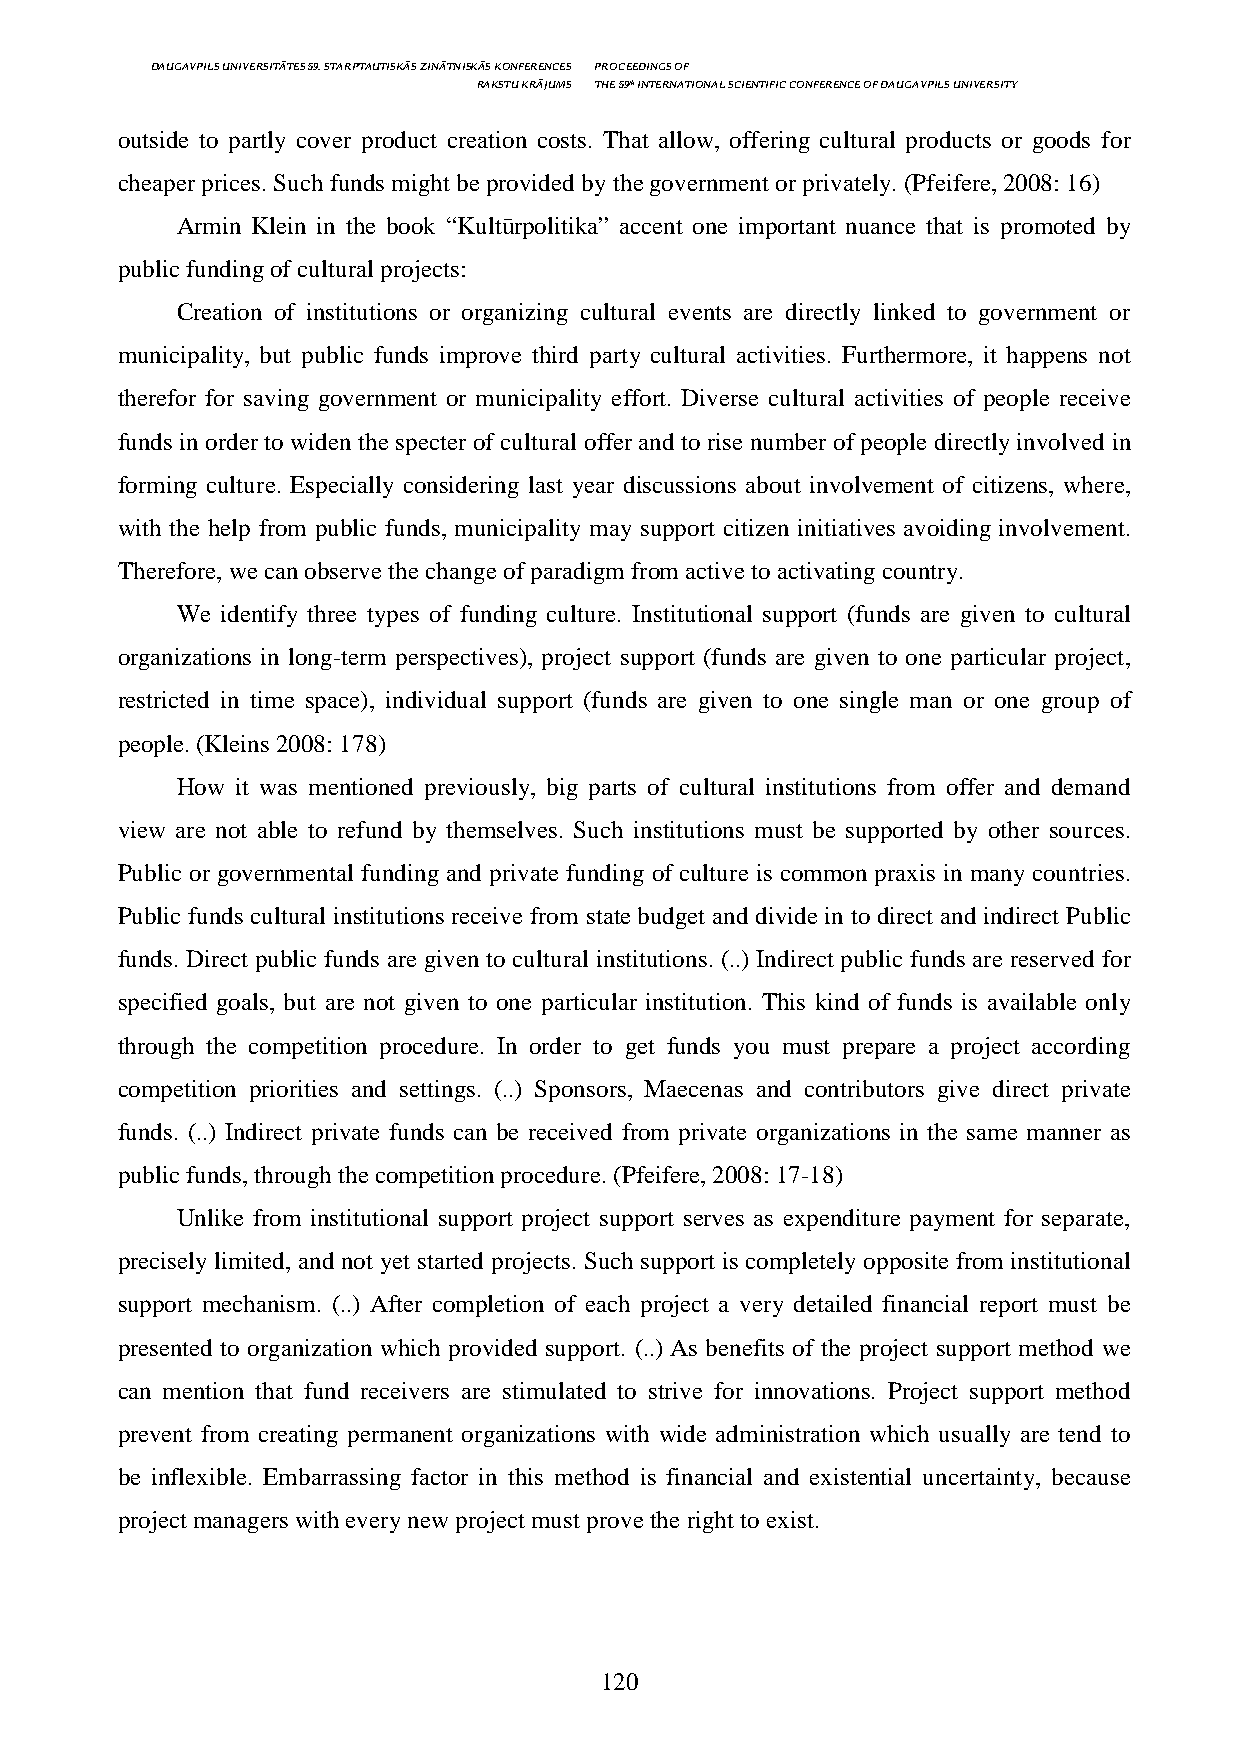
DAUGAVPILS UNIVERSITĀTES 59. STARPTAUTISKĀS ZINĀTNISKĀS KONFERENCES PROCEEDINGS OF
 RAKSTU KRĀJUMS THE 59th INTERNATIONAL SCIENTIFIC CONFERENCE OF DAUGAVPILS UNIVERSITY
 outside to partly cover product creation costs. That allow, offering cultural products or goods for
 cheaper prices. Such funds might be provided by the government or privately. (Pfeifere, 2008: 16)
 Armin Klein in the book “Kultūrpolitika” accent one important nuance that is promoted by
 public funding of cultural projects:
 Creation of institutions or organizing cultural events are directly linked to government or
 municipality, but public funds improve third party cultural activities. Furthermore, it happens not
 therefor for saving government or municipality effort. Diverse cultural activities of people receive
 funds in order to widen the specter of cultural offer and to rise number of people directly involved in
 forming culture. Especially considering last year discussions about involvement of citizens, where,
 with the help from public funds, municipality may support citizen initiatives avoiding involvement.
 Therefore, we can observe the change of paradigm from active to activating country.
 We identify three types of funding culture. Institutional support (funds are given to cultural
 organizations in long-term perspectives), project support (funds are given to one particular project,
 restricted in time space), individual support (funds are given to one single man or one group of
 people. (Kleins 2008: 178)
 How it was mentioned previously, big parts of cultural institutions from offer and demand
 view are not able to refund by themselves. Such institutions must be supported by other sources.
 Public or governmental funding and private funding of culture is common praxis in many countries.
 Public funds cultural institutions receive from state budget and divide in to direct and indirect Public
 funds. Direct public funds are given to cultural institutions. (..) Indirect public funds are reserved for
 specified goals, but are not given to one particular institution. This kind of funds is available only
 through the competition procedure. In order to get funds you must prepare a project according
 competition priorities and settings. (..) Sponsors, Maecenas and contributors give direct private
 funds. (..) Indirect private funds can be received from private organizations in the same manner as
 public funds, through the competition procedure. (Pfeifere, 2008: 17-18)
 Unlike from institutional support project support serves as expenditure payment for separate,
 precisely limited, and not yet started projects. Such support is completely opposite from institutional
 support mechanism. (..) After completion of each project a very detailed financial report must be
 presented to organization which provided support. (..) As benefits of the project support method we
 can mention that fund receivers are stimulated to strive for innovations. Project support method
 prevent from creating permanent organizations with wide administration which usually are tend to
 be inflexible. Embarrassing factor in this method is financial and existential uncertainty, because
 project managers with every new project must prove the right to exist.
 120